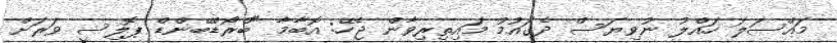
މައްސަލަ ހައްލު ނުވިޔަސް ދެގައުމު މައިތިރިވާން ޖެހޭ: އޮބާމާ "ބްރޯޑްބޭންޑް ޕޮލިސީ ވަރަށް